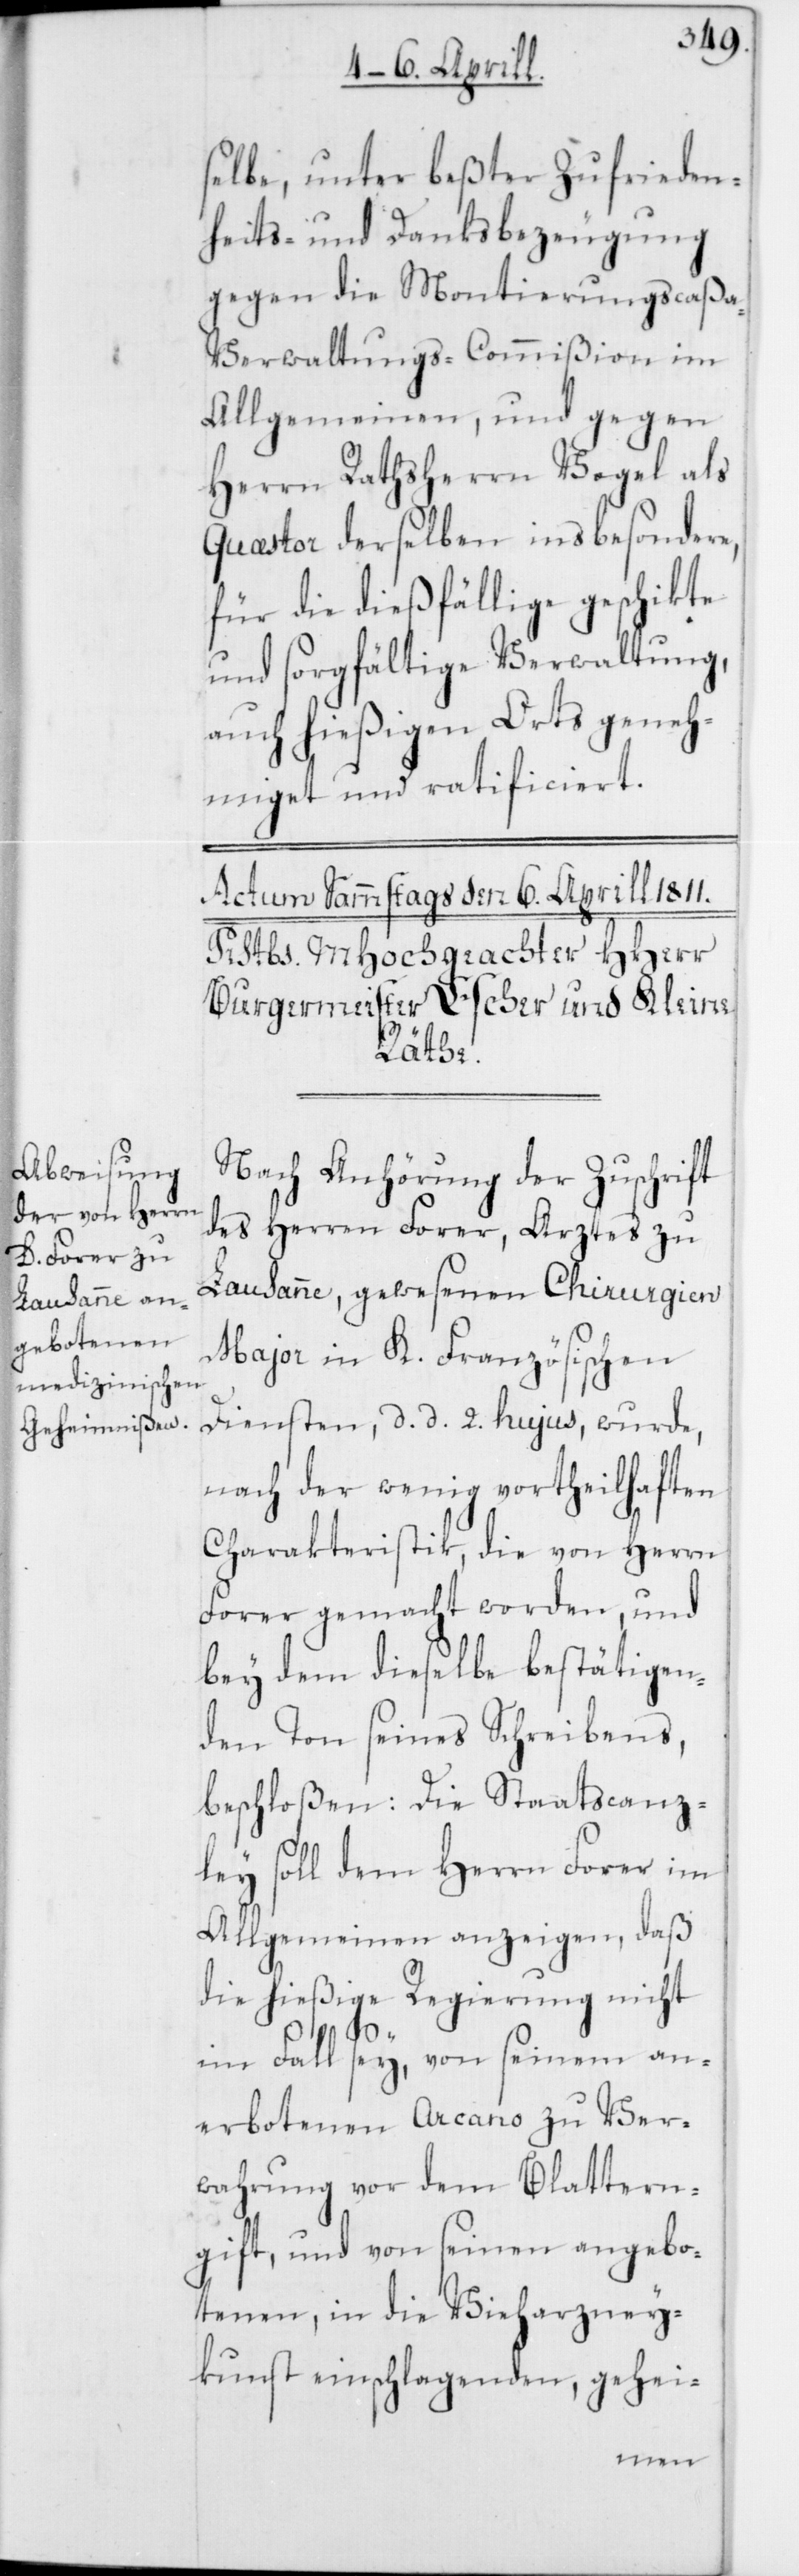
selbe, unter beßter Zufrieden¬
heits- und Danksbezeugung
gegen die Montierungscaß¬
a-Verwaltungs-Commißion im
Allgemeinen, und gegen
Herrn Rathsherrn Vogel als
Quæstor derselben insbesondere,
für die dießfällige geschikte
und sorgfältige Verwaltung,
auch hießigen Orts geneh¬
miget und ratificiert.
Nach Anhörung der Zuschrift
des Herren Forer, Arztes zu
Lausanne, gewesenen Chirurgien
Major in K. Französischen
Diensten, d. d. 2. hujus, wurde,
nach der wenig vortheilhaften
Charakteristik, die von Herrn
Forer gemacht worden, und
bey dem dieselbe bestätigen¬
den Ton seines Schreibens,
beschloßen: Die Staatscanz¬
ley soll dem Herrn Forer im
Allgemeinen anzeigen, daß
die hießige Regierung nicht
im Fall sey, von seinem an¬
erbotenen Arcano zu Ver¬
wahrung vor dem Blattern¬
gift, und von seinen angebo¬
tenen, in die Vieharzney¬
kunst einschlagenden, gehei-